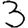
Digit: 3